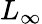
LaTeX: L_{\infty}